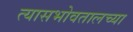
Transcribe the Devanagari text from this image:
त्यासभोवतालच्या